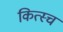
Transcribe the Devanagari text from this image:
कित्स्च